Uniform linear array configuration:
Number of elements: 32
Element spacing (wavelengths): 0.25
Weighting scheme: blackman
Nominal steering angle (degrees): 45
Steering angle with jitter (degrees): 44.01
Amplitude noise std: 0.05
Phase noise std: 0.05

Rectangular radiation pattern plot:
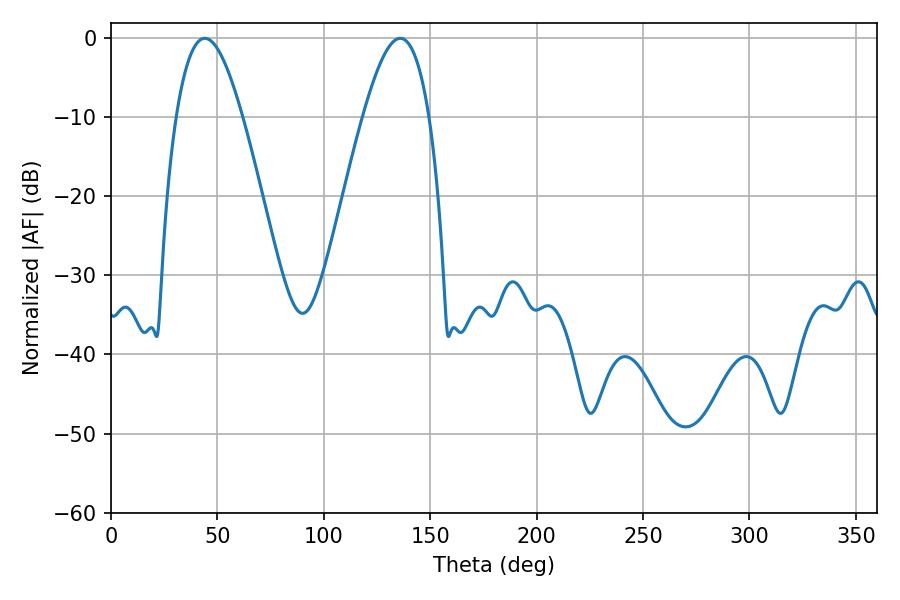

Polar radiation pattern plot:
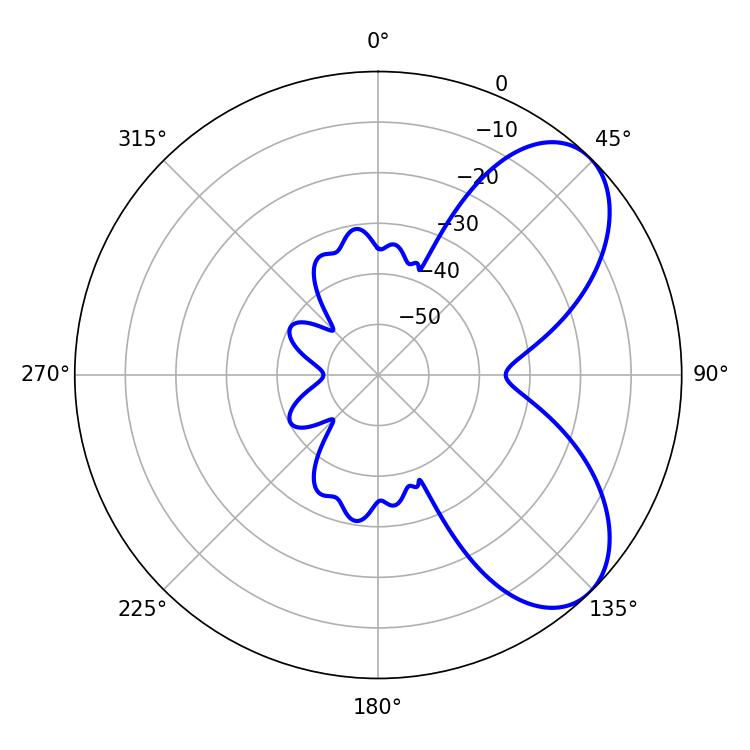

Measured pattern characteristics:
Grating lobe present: FALSE
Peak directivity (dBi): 6.468
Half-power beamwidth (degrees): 16.92
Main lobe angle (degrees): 44.1